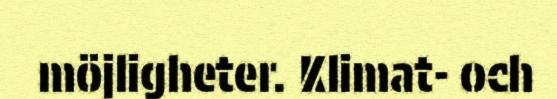
möjligheter. Klimat- och